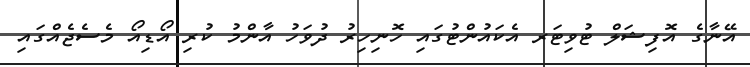
އޭނާގެ އޮފިޝަލް ޓުވިޓަރ އެކައުންޓުގައި ހޮނިހިރު ދުވަހު އާންމު ކުރި އޯޑިއޯ މެސެޖެއްގައި